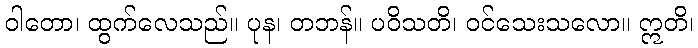
ဝါတော၊ ထွက်လေသည်။ ပုန၊ တဘန်။ ပဝိသတိ၊ ဝင်သေးသလော။ ဣတိ၊